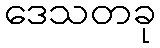
ဒေသတခု